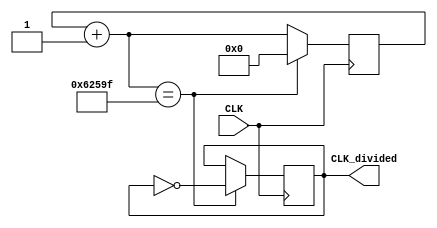
module CLK_divider(
		input wire CLK,
		output reg CLK_divided
);

reg[21:0] counter;
// Decrease the frequency by a factor of 5000000
always @(posedge CLK) begin
		counter = counter + 22'b1;
		if (counter == 21'd2500000-21'd1) begin
		CLK_divided <= ~CLK_divided;
		counter = 22'b0;
		end
end

endmodule